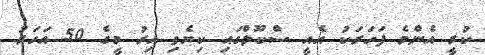
ކުރީ އެންމެ ފަހަރަކު އެއީ ސްކޫލްގައި ކިޔެވި އިރު މީގެ 50 އަހަރު